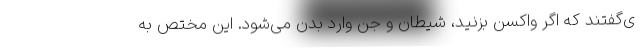
ی‌گفتند که اگر واکسن بزنید، شیطان و جن وارد بدن می‌شود. این مختص به